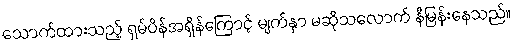
သောက်ထားသည့် ရှမ်ပိန်အရှိန်ကြောင့် မျက်နှာ မဆိုသလောက် နီမြန်းနေသည်။